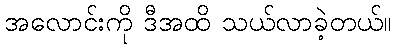
အလောင်းကို ဒီအထိ သယ်လာခဲ့တယ်။